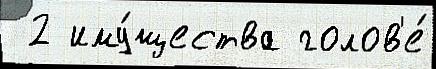
 2 иму́щества голов'е́